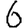
Digit: 6